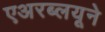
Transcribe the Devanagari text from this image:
एअरब्लयूने